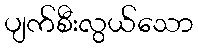
ပျက်စီးလွယ်သော